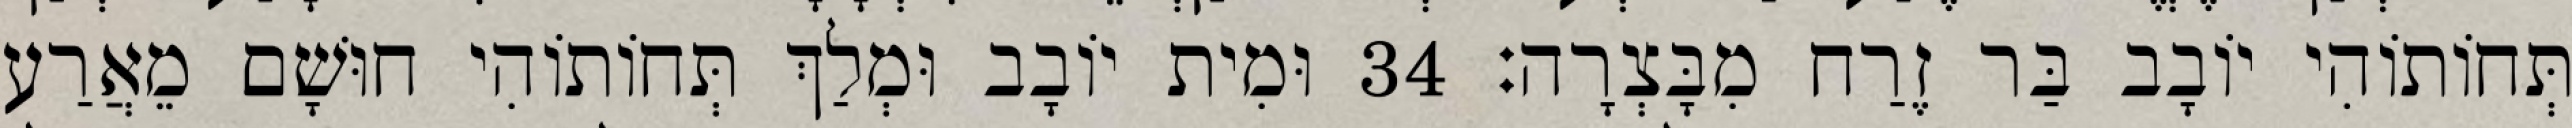
תְּחוֹתוֹהִי יוֹבָב בַּר זֶרַח מִבָּצְרָה׃ 34 וּמִית יוֹבָב וּמְלַךְ תְּחוֹתוֹהִי חוּשָׁם מֵאֲרַע